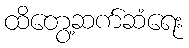
ထိတွေ့ဆက်ဆံရေး